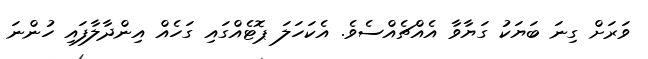
ވަރަށް ގިނަ ބަޔަކު ގަޔާވާ އެއްޗެއްސެވެ. އެކަހަލަ ޕޮޓެއްގައި ގަހެއް އިންދާލާފައި ހުންނަ